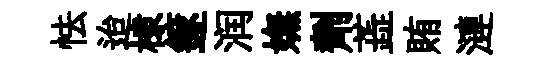
怯迨棣篴润嫵劑蕋賄漣